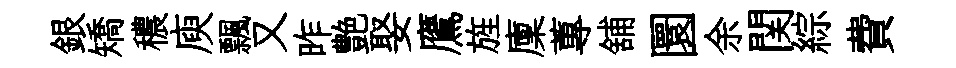
銀矯穠庾飄又昨艶娶鷹旌廩蓴舖圜余関綜費